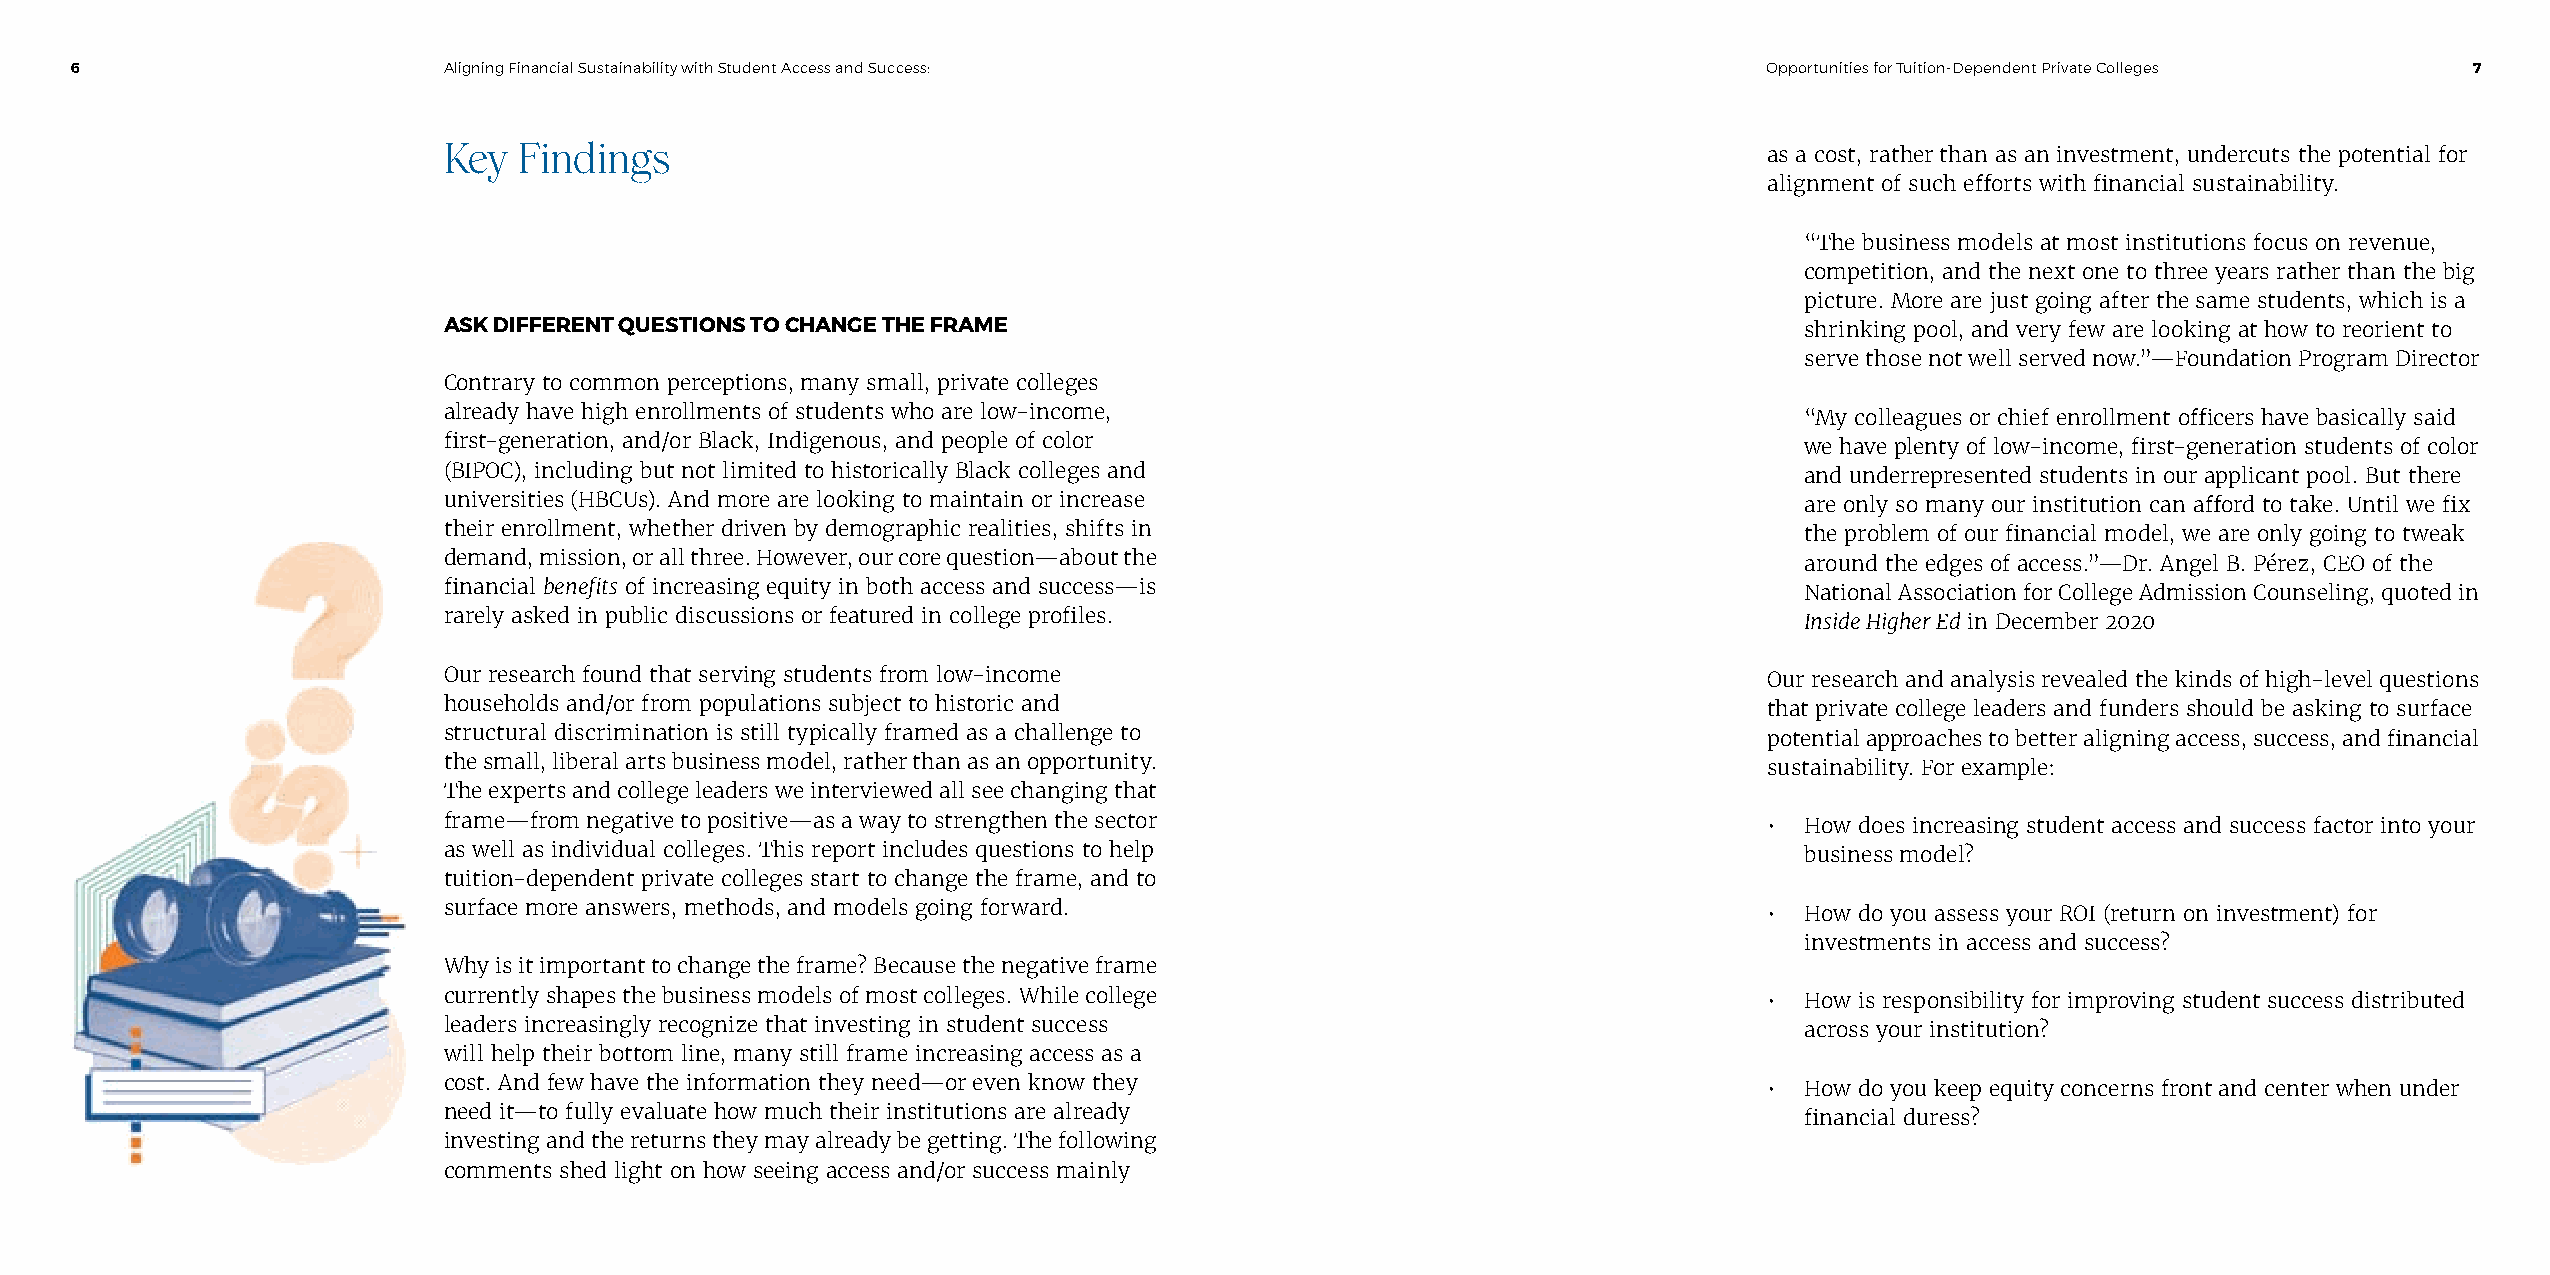
6                       Aligning Financial Sustainability with Student Access and Success:                      Opportunities for Tuition-Dependent Private Colleges 7
 Key  Findings                                                                           as a cost, rather than as an investment, undercuts the potential for
 alignment of such efforts with financial sustainability.
 “The business models at most institutions focus on revenue,
 competition, and the next one to three years rather than the big
 picture. More are just going after the same students, which is a
 ASK DIFFERENT QUESTIONS TO CHANGE THE FRAME                                               shrinking pool, and very few are looking at how to reorient to
 serve those not well served now.”—Foundation Program Director
 Contrary to common perceptions, many small, private colleges
 already have high enrollments of students who are low-income,                             “My colleagues or chief enrollment officers have basically said
 first-generation, and/or Black, Indigenous, and people of color                           we have plenty of low-income, first-generation students of color
 (BIPOC), including but not limited to historically Black colleges and                     and underrepresented students in our applicant pool. But there
 universities (HBCUs). And more are looking to maintain or increase                        are only so many our institution can afford to take. Until we fix
 their enrollment, whether driven by demographic realities, shifts in                      the problem of our financial model, we are only going to tweak
 demand, mission, or all three. However, our core question—about the                       around the edges of access.”—Dr. Angel B. Pérez, CEO of the
 financial benefits of increasing equity in both access and success—is                     National Association for College Admission Counseling, quoted in
 rarely asked in public discussions or featured in college profiles.                       Inside Higher Ed in December 2020
 Our research found that serving students from low-income                                Our research and analysis revealed the kinds of high-level questions
 households and/or from populations subject to historic and                              that private college leaders and funders should be asking to surface
 structural discrimination is still typically framed as a challenge to                   potential approaches to better aligning access, success, and financial
 the small, liberal arts business model, rather than as an opportunity.                  sustainability. For example:
 The experts and college leaders we interviewed all see changing that
 frame—from negative to positive—as a way to strengthen the sector                       • How does increasing student access and success factor into your
 as well as individual colleges. This report includes questions to help                    business model?
 tuition-dependent private colleges start to change the frame, and to
 surface more answers, methods, and models going forward.                                • How do you assess your ROI (return on investment) for
 investments in access and success?
 Why is it important to change the frame? Because the negative frame
 currently shapes the business models of most colleges. While college                    • How is responsibility for improving student success distributed
 leaders increasingly recognize that investing in student success                          across your institution?
 will help their bottom line, many still frame increasing access as a
 cost. And few have the information they need—or even know they                          • How do you keep equity concerns front and center when under
 need it—to fully evaluate how much their institutions are already                         financial duress?
 investing and the returns they may already be getting. The following
 comments shed light on how seeing access and/or success mainly